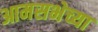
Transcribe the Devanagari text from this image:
आमसभेच्या